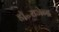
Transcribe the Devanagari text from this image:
डॉ॰राजेन्द्र